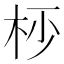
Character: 𣐣